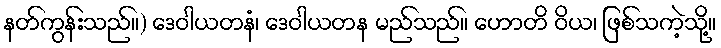
နတ်ကွန်းသည်။) ဒေဝါယတနံ၊ ဒေဝါယတန မည်သည်။ ဟောတိ ဝိယ၊ ဖြစ်သကဲ့သို့။